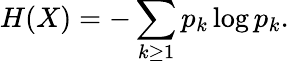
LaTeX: H(X)=-\sum_{k\geq 1}p_{k}\log p_{k}.